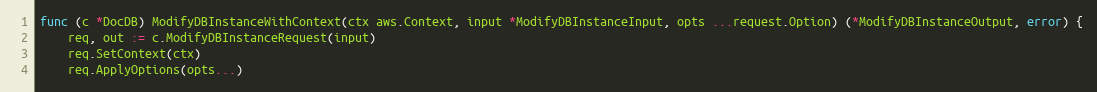
Language: Go
func (c *DocDB) ModifyDBInstanceWithContext(ctx aws.Context, input *ModifyDBInstanceInput, opts ...request.Option) (*ModifyDBInstanceOutput, error) {
	req, out := c.ModifyDBInstanceRequest(input)
	req.SetContext(ctx)
	req.ApplyOptions(opts...)